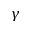
\gamma